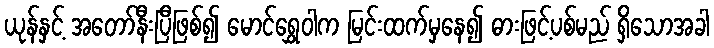
ယုန်နှင့် အတော်နီးပြီဖြစ်၍ မောင်ရွှေဝါက မြင်းထက်မှနေ၍ ဓားဖြင့်ပစ်မည် ရှိသောအခါ